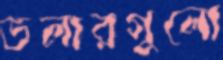
ডলারগুলো